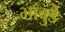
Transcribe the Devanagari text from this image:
भांबुर्डे